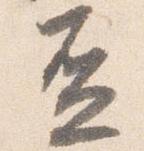
盃